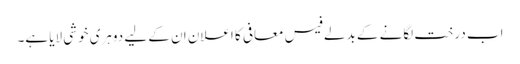
اب درخت لگانے کے بدلے فیس معافی کا اعلان ان کے لیے دوہری خوشی لایا ہے۔